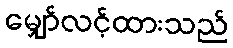
မျှော်လင့်ထားသည်